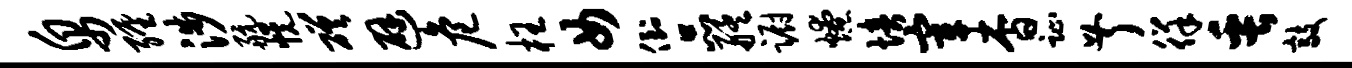
帛缠涉航幌磋避危枉女倒品艋蹰燎培宰杳趾叔徉缶敲